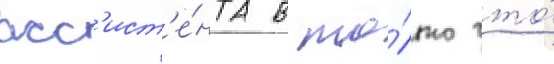
асс'ист'е́нта в то́лько что́